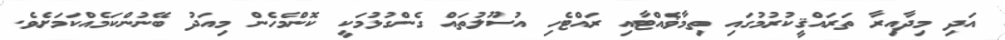
އަދި މިދާއިރާ ތަރައްޤީކުރުމުގައި ތިމާޥެއްޓާއި ރައްޓެހި އުސޫލުތައް ގެންގުޅުމަކީ ކޮންމެހެން މިއަދު ބޭނުންކަމެއްކަމަށެވެ.